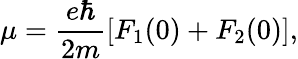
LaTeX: \mu=\frac{e\hbar}{2m}\left[F_{1}(0)+F_{2}(0)\right],